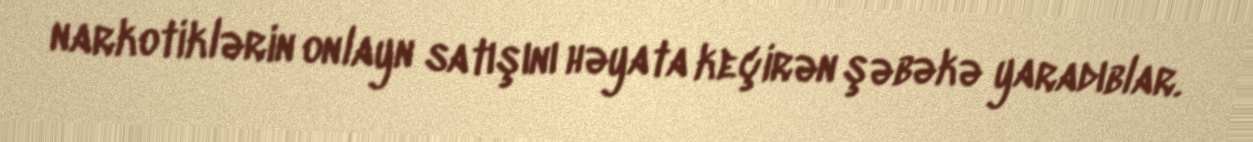
narkotiklərin onlayn satışını həyata keçirən şəbəkə yaradıblar.